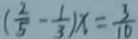
( \frac { 2 } { 5 } - \frac { 1 } { 3 } ) x = \frac { 3 } { 1 0 }